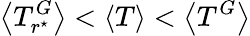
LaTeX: \left<T_{r^{\star}}^{G}\right><\left<T\right><\left<T^{G}\right>